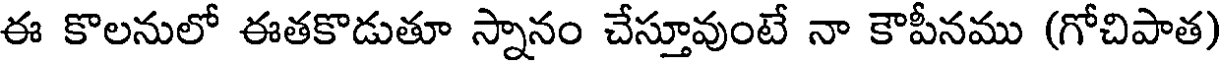
ఈ కొలనులో ఈతకొడుతూ స్నానం చేస్తూవుంటే నా కౌపీనము (గోచిపాత)